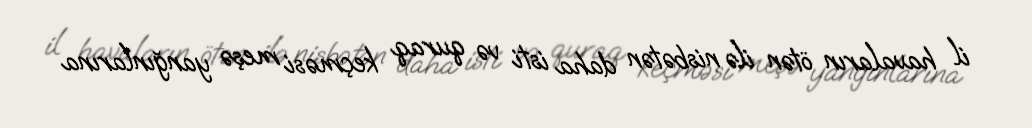
il havaların ötən ilə nisbətən daha isti və quraq keçməsi meşə yanğınlarına